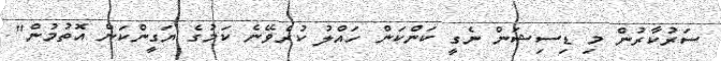
ސަރުކާރުން މި ޑިސިޝަން ނެގީ ކަންކަން ހައްލު ކުރެވޭނެ ކަމުގެ ޔަގީންކަން އޮތުމުން"